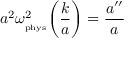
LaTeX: a ^ { 2 } \omega _ { _ \mathrm { p h y s } } ^ { 2 } \biggl ( \frac { k } { a } \biggr ) = \frac { a ^ { \prime \prime } } { a }